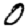
Digit: 0